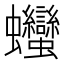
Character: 𧖣